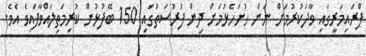
ޕްރައިމަރީގައި ވާދަކުރުމަށް ނަން ހުށަހެޅުމަށް ދިން ފުރުސަތުގައި 150 ބޭފުޅުން ކުރިމަތިލައްވާފައިވެ އެވެ.